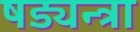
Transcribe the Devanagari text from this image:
षड्यन्त्रा